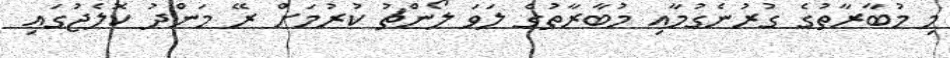
މި މުބާރާތުގެ ގުރުނެގުމާއި މުބާރާތުގެ ލަވަ ލޯންޗު ކުރުމަށް ރޭ މަންދު ކޮލެޖުގައި